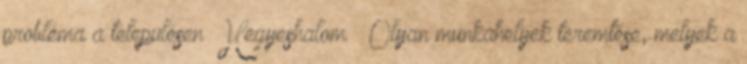
probléma a településen ▪Hegyeshalom ▪„Olyan munkahelyek teremtése, melyek a